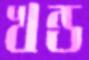
খন্ড